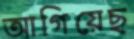
আগিয়েছ